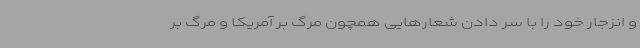
و انزجار خود را با سر دادن شعارهایی همچون مرگ بر آمریکا و مرگ بر